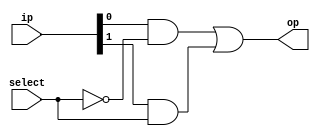
module mux2to1(op, ip, select);
  
  input wire [1:0] ip;
  input wire select;
  output wire op;
  
  wire [1:0] res; //Intermediate results
  
  wire inv; //Inverted select pins
  not G1(inv, select);
  
  //Computing intermediate results
  and G2(res[0], ip[0], inv);
  and G3(res[1], ip[1], select);
  
  //Final result
  or G4(op, res[0], res[1]);
  
endmodule